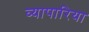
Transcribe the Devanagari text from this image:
व्‍यापारिया